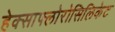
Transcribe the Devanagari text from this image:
हेक्साफ्लोरोसिलिकेट